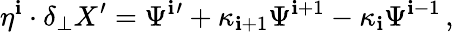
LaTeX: \eta^{\mathbf{i}}\cdot\delta_{\perp}X^{\prime}=\Psi^{\mathbf{i}}{}^{\prime}+\kappa_{\mathbf{i}+1}\Psi^{\mathbf{i}+1}-\kappa_{\mathbf{i}}\Psi^{\mathbf{i}-1}\, ,